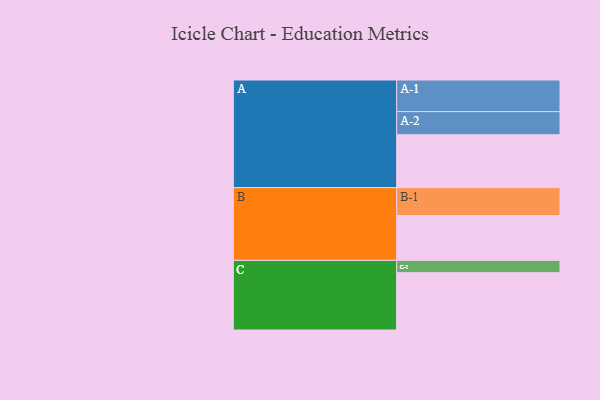
{"axis": {"x": "Segment", "y": "Value"}, "legend": ["", "A", "B", "C"], "data": [{"x": "A", "y": 373, "type": ""}, {"x": "B", "y": 316, "type": ""}, {"x": "C", "y": 404, "type": ""}, {"x": "A-1", "y": 223, "type": "A"}, {"x": "A-2", "y": 163, "type": "A"}, {"x": "B-1", "y": 197, "type": "B"}, {"x": "C-1", "y": 87, "type": "C"}]}